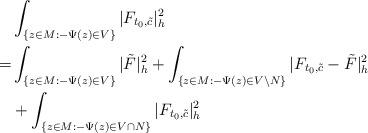
LaTeX: \begin{align*}&\int_{ \{z\in M:-\Psi(z)\in V\}}|F_{t_0,\tilde{c}}|^2_h\\= & \int_{\{z\in M:-\Psi(z)\in V\}}|\tilde F|^2_h+\int_{\{z\in M:-\Psi(z)\in V\backslash N\}}|F_{t_0,\tilde{c}}-\tilde F|^2_h\\&+\int_{ \{z\in M: -\Psi(z)\in V\cap N\}}|F_{t_0,\tilde{c}}|^2_h\end{align*}